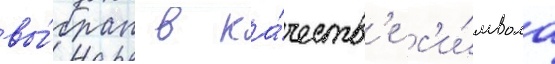
вы́бран в ка́честв'е с'и́мвола